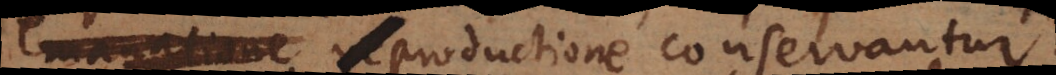
quadam productione conservantur.